Medical and sanitary report on the native army of Bombay for the year
Year: 1878
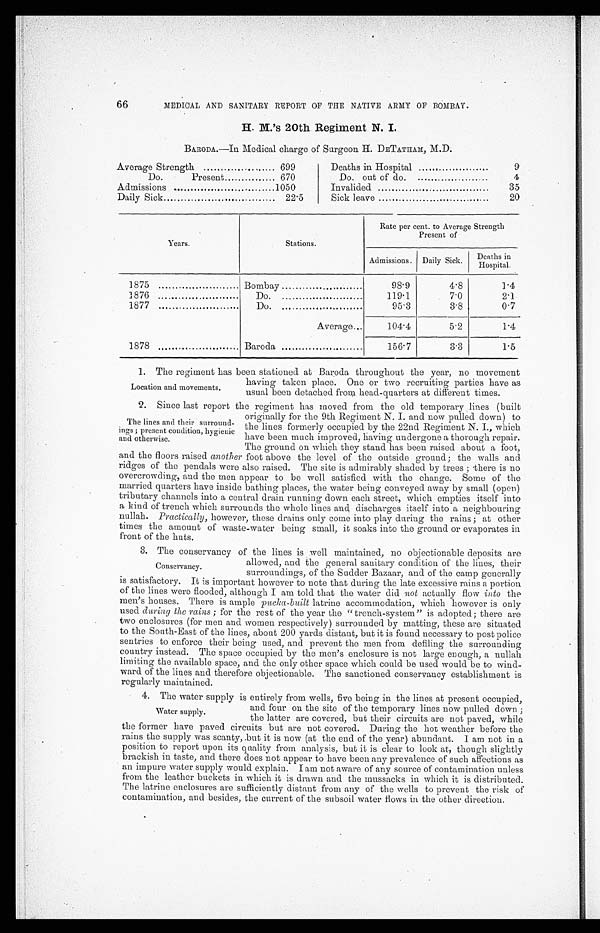
66
MEDICAL AND SANITARY REPORT OF THE NATIVE ARMY OF BOMBAY.
H. M.'s 20th Regiment N. I.
BARODA.—In Medical charge of Surgeon H. DETATHAM, M.D.
Average Strength
699
Deaths in Hospital
9
Do Present
670
Do. out of do
4
Admissions
1050
Invalided
35
Daily Sick
22.5
Sick leave
20
Years.
Stations.
Rate per cent. to Average Strength
Present of
Admissions. Daily Sick.
D e a t h s i n H o s p i t a l .
1875
Bombay
98.9
4.8
1.4
1876
Do.
119.1
7.0
2.1
1877
Do
95.3
3.8
0.7
Average
104.4
5.2
1.4
1878
Baroda
156.7
3.3
1.5
Location and movements.
1. The regiment has been stationed at Baroda throughout the year, no movement
having taken place. One or two recruiting parties have as
usual been detached from head-quarters at different times.
The lines and their surround
inga; present condition, hygienic
and otherwise.
2. Since last report the regiment has moved from the old temporary lines (built
originally for the 9th Regiment N. I. and now pulled down) to
the lines formerly occupied by the 22nd Regiment N. I., which
in have been much improved, having undergone a thorough repair.
The ground on which they stand has been raised about a foot,
and the floors raised another foot above the level of the outside ground; the walls and
ridges of the pendals were also raised. The site is admirably shaded by trees; there is no
overcrowding, and the men appear to be well satisfied with the change. Some of the
married quarters have inside bathing places, the water being conveyed away by small (open)
tributary channels into a central drain running down each street, which empties itself into
a kind of trench which surrounds the whole lines and discharges itself into a neighbouring
nullah. Practically, however, these drains only come into play during the rains; at other
times the amount of waste-water being small, it soaks into the ground or evaporates in
front of the huts.
Conservancy.
3. The conservancy of the lines is well maintained, no objectionable deposits are
allowed, and the general sanitary condition of the lines, their
surroundings, of the Sudder Bazaar, and of the camp generally
is satisfactory. It is important however to note that during the late excessive rains a portion
of the lines were flooded, although I am told that the water did not actually flow into the
men's houses. There is ample pucka-built latrine accommodation, which however is only
used during the rains; for the rest of the year the "trench-system" is adopted; there are
two enclosures (for men and women respectively) surrounded by matting, these are situated
to the South-East of the lines, about 200 yards distant, but it is found necessary to post police
sentries to enforce their being used, and prevent the men from defiling the surrounding
country instead. The space occupied by the men's enclosure is not large enough, a nullah
limiting the available space, and the only other space which could be used would be to wind
-ward of the lines and therefore objectionable. The sanctioned conservancy establishment is
regularly maintained.
Water supply.
4 . T h e w a t e r s u p p l y i s e n t i r e l y f r o m w e l l s , f i v e b e i n g i n t h e l i n e s a t p r e s e n t o c c u p i e d ,
and four on the site of the temporary lines now pulled down;
the latter are covered, but their circuits are not paved, while
the former have paved circuits but are not covered. During the hot weather before the
rains the supply was scanty, but it is now (at the end of the year) abundant. I am not in a
position to report upon its quality from analysis, but it is clear to look at, though slightly
brackish in taste, and there does not appear to have been any prevalence of such affections as
an impure water supply would explain. I am not aware of any source of contamination unless
from the leather buckets in which it is drawn and the mussacks iu which it is distributed.
The latrine enclosures are sufficiently distant from any of the wells to prevent the risk of
contamination, and besides, the current of the subsoil water flows in the other direction.